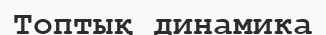
Топтық динамика